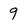
Character: 9